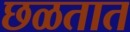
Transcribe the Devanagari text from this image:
छळतात